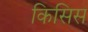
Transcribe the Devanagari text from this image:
किसिस